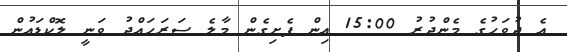
އެ ދުވަހުގެ މެންދުރު 15:00 އިން ފެށިގެން މާލެ ސަރަހައްދު ވަނީ ލޮކްޑައުން